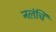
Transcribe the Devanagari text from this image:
नलंचि